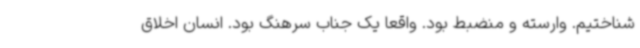
شناختیم. وارسته و منضبط بود. واقعا یک جناب سرهنگ بود. انسان اخلاق